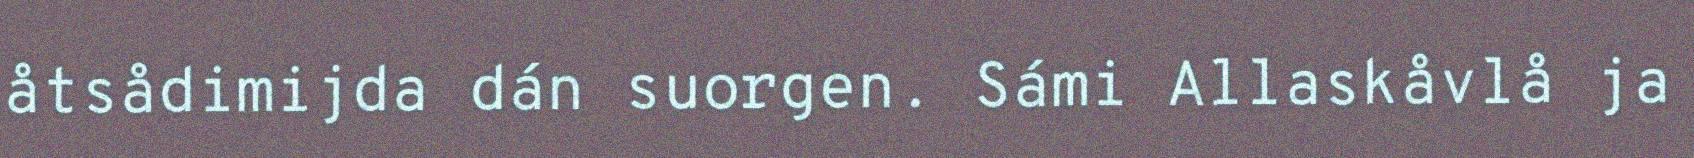
åtsådimijda dán suorgen. Sámi Allaskåvlå ja